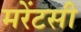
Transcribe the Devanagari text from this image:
मरेंटसी